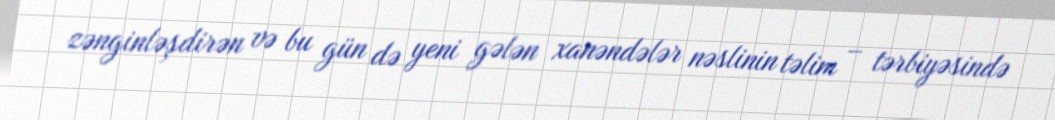
zənginləşdirən və bu gün də yeni gələn xanəndələr nəslinin təlim – tərbiyəsində